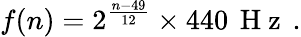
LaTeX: f(n)=2^{\frac{n-49}{12}}\times 440\, \mathrm{~H~z~}\, .